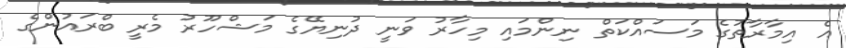
އެ އިމާރާތުގެ މަސައްކަތް ނިންމައި މިހާރު ވަނީ ދުނިޔޭގެ މަޝްހޫރު މެރީ ބްރައުންގެ